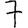
Digit: 7